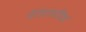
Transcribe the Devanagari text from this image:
पॅरोटायटिस